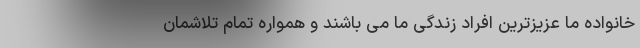
خانواده ما عزیزترین افراد زندگی ما می باشند و همواره تمام تلاشمان